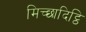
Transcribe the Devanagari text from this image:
मिच्छादिट्ठि